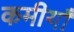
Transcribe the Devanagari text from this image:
कमीयाँ